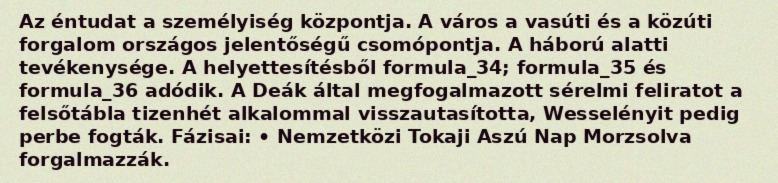
Az éntudat a személyiség központja. A város a vasúti és a közúti forgalom országos jelentőségű csomópontja. A háború alatti tevékenysége. A helyettesítésből formula_34; formula_35 és formula_36 adódik. A Deák által megfogalmazott sérelmi feliratot a felsőtábla tizenhét alkalommal visszautasította, Wesselényit pedig perbe fogták. Fázisai: • Nemzetközi Tokaji Aszú Nap Morzsolva forgalmazzák.